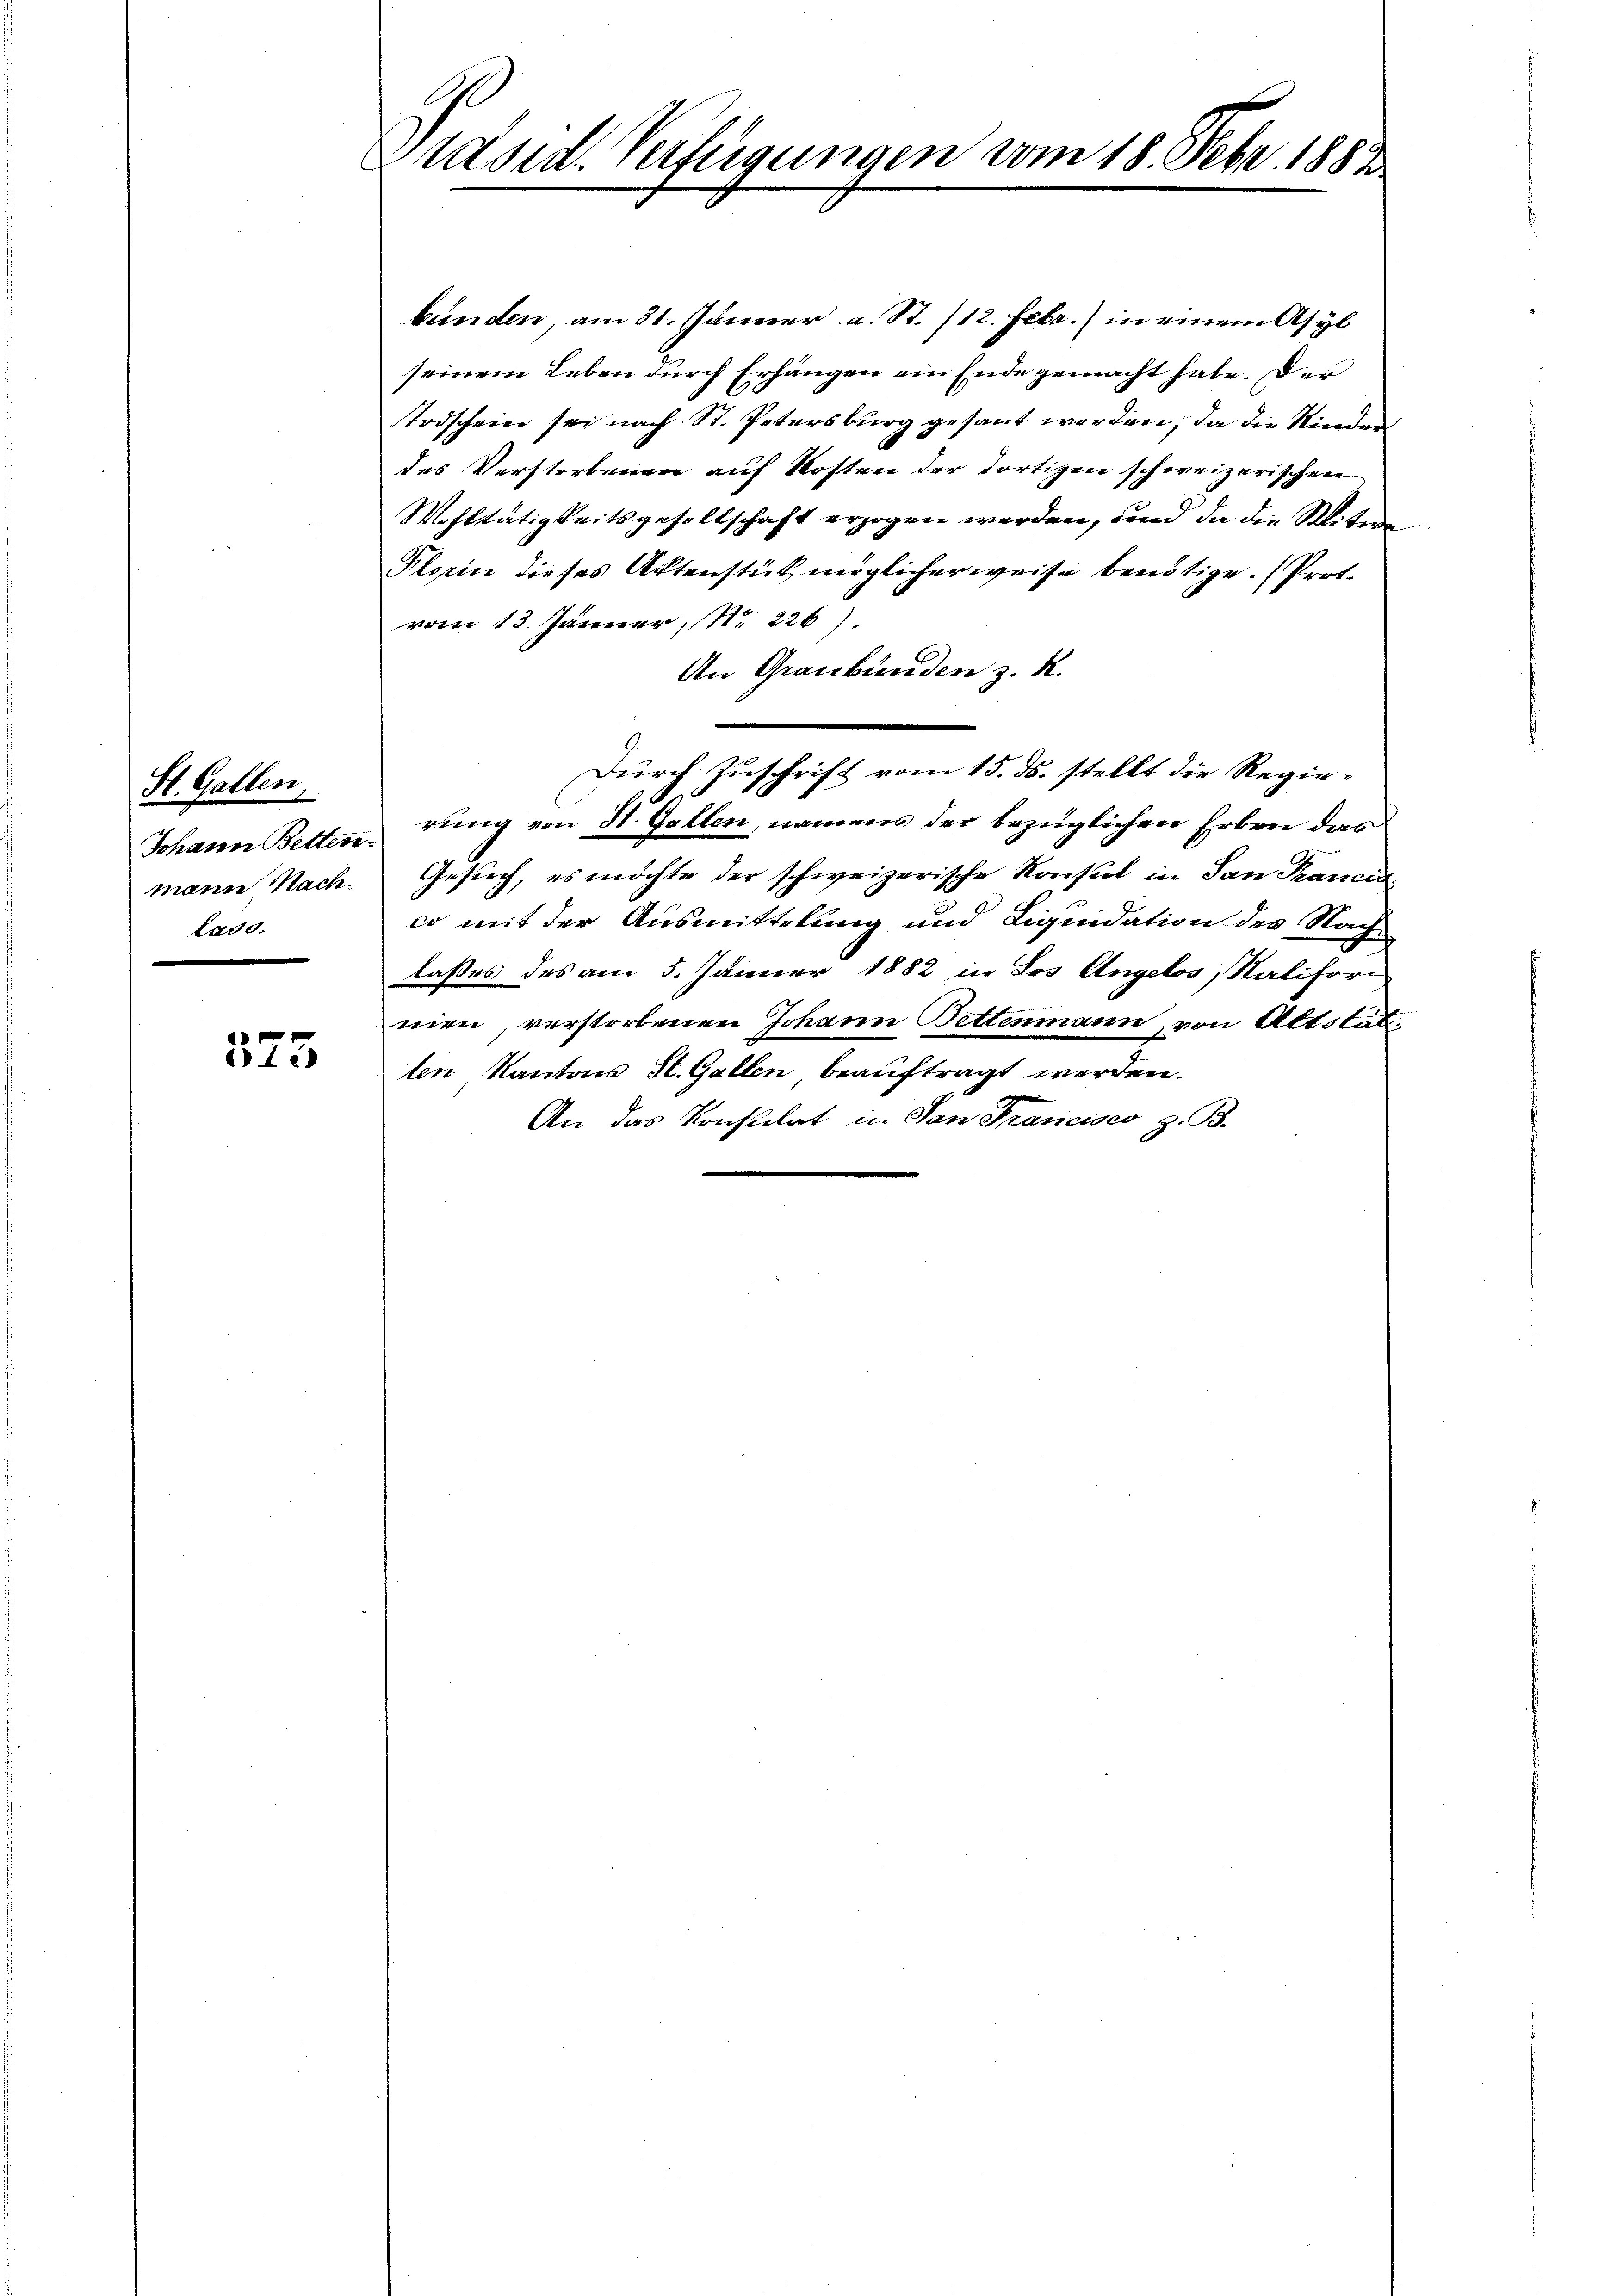
St. Gallen,
manie Nache.
1200.

x
c

e
Präsid. Verfügungen vom 18. Febr. 1883

bunden, am 31. Jänner a. St. /12. Febr.) in einem Asyl
seinem Leben durch Erhängen ein Ende gemacht habe. Der
Todschein sei nach St. Petersburg gesant worden, da die Kinder
des Verstorbenen auf Kosten der dortigen schweizerischen
Wohltätigkeitsgesellschaft erzogen werden, und da die Witwe
Plorin dieses Aktenstück möglicherweise benötige. (Prot.
vom 13. Jänner, No 226).
An Graubünden z. R.
Durch Zuschrift vom 15. ds. stellt die Regie¬
Johann Betten rung von St. Gallen, namens der bezüglichen Erben das
Gesuch, es möchte der schweizerische Konsul in San Krancia
co mit der Ausmittelung und Liquidation des Nach-
laßes des am 5. Jänner 1882 in Los Angelos Kalifori
nien, verstorbenen Johann Bettenmann, von Altstatten Kantons St. Gallen beauftragt werden.
An das Konsulat in San Francisco z. B.